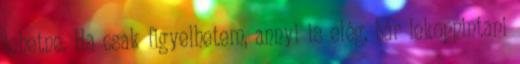
lehetne. Ha csak figyelhetem, annyi is elég, bár lekoppintani